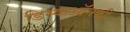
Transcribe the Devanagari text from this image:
डिस्कऑनकी